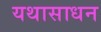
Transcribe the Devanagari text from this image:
यथासाधन